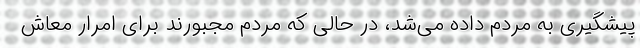
پیشگیری به مردم داده می‌شد، در حالی‌ که مردم مجبورند برای امرار معاش